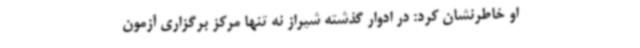
او خاطرنشان کرد: در ادوار گذشته شیراز نه تنها مرکز برگزاری آزمون